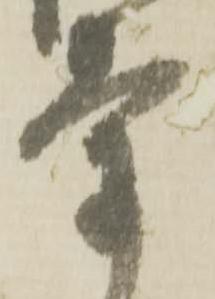
氣